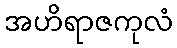
အဟိရာဇကုလံ